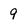
Character: 9